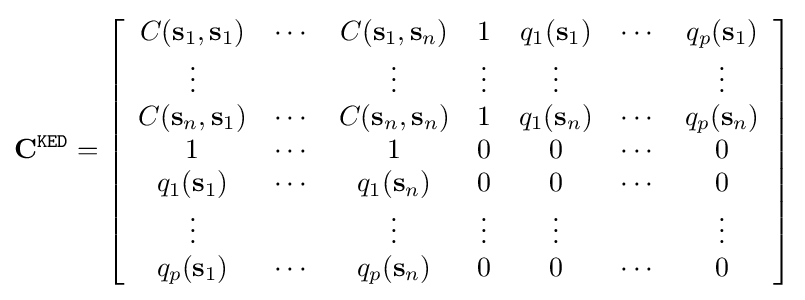
\mathbf {C} ^{\mathtt {KED}}=\left[{\begin{array}{ccccccc}C(\mathbf {s} _{1},\mathbf {s} _{1})&\cdots &C(\mathbf {s} _{1},\mathbf {s} _{n})&1&q_{1}(\mathbf {s} _{1})&\cdots &q_{p}(\mathbf {s} _{1})\\\vdots &&\vdots &\vdots &\vdots &&\vdots \\C(\mathbf {s} _{n},\mathbf {s} _{1})&\cdots &C(\mathbf {s} _{n},\mathbf {s} _{n})&1&q_{1}(\mathbf {s} _{n})&\cdots &q_{p}(\mathbf {s} _{n})\\1&\cdots &1&0&0&\cdots &0\\q_{1}(\mathbf {s} _{1})&\cdots &q_{1}(\mathbf {s} _{n})&0&0&\cdots &0\\\vdots &&\vdots &\vdots &\vdots &&\vdots \\q_{p}(\mathbf {s} _{1})&\cdots &q_{p}(\mathbf {s} _{n})&0&0&\cdots &0\end{array}}\right]